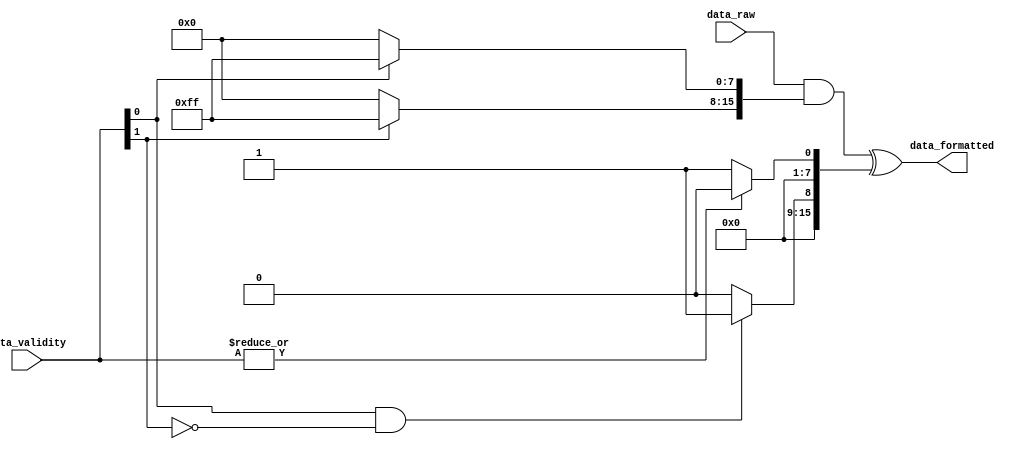
/*
    Copyright 2020 UCLouvain

    Licensed under the Solderpad Hardware Licence, Version 2.0 (the "License");
    you may not use this file except in compliance with the License.
    You may obtain a copy of the License at

        https://solderpad.org/licenses/SHL-2.0/

    Unless required by applicable law or agreed to in writing, software
    distributed under the License is distributed on an "AS IS" BASIS,
    WITHOUT WARRANTIES OR CONDITIONS OF ANY KIND, either express or implied.
    See the License for the specific language governing permissions and
    limitations under the License.
*/
/* 
  Format the value with respect to the validity of the bytes.
  Concat the constant 01 and fill with zeros if needed
  Done in three steps: 
  1) generate the mask extracting the valid bytes in the word (validity_mask)
  2) generate the word including the constant at the right place (cnst_word)
  3) Add the value, the mask and the constant word
*/

 module formatter
 #
 (
     parameter SIZE = 16
 )
 (
     data_raw,
     data_validity,
     data_formatted
 );

 // Generation params 
 localparam SIZEdiv8 = SIZE/8;

input [SIZE-1:0] data_raw;
input [SIZEdiv8-1:0] data_validity;
output [SIZE-1:0] data_formatted;

 // Validity masks /////////
 wire  [SIZE-1:0] validity_mask;

 genvar i;
 generate
 for(i=0;i<SIZEdiv8;i=i+1) begin: v_mask
     assign validity_mask[(i+1)*8-1:i*8] = data_validity[i] ? {8{1'b1}} : {8{1'b0}};
 end
 endgenerate

 // Constant word //////////
 wire [SIZEdiv8-1:0] cnst_mux_ctrl;
 wire [SIZE-1:0] cnst_word;

 // Constant addition muxes control generation for each bytes
 generate 
 for(i=0;i<SIZEdiv8;i=i+1) begin: c_mux_ctrl
     if(i==0)
         assign cnst_mux_ctrl[i] = ~(|(data_validity));
     else
         assign cnst_mux_ctrl[i] = data_validity[i-1] & (~data_validity[i]);
 end
 endgenerate

 // Mask generation
 generate
 for(i=0;i<SIZEdiv8;i=i+1) begin: cnst_wo
     assign cnst_word[(i+1)*8-1:i*8] = cnst_mux_ctrl[i] ? 8'b00000001 : 8'b0;
 end
 endgenerate

 // Addition /////////
 assign data_formatted = (data_raw & validity_mask) ^ cnst_word;



 endmodule